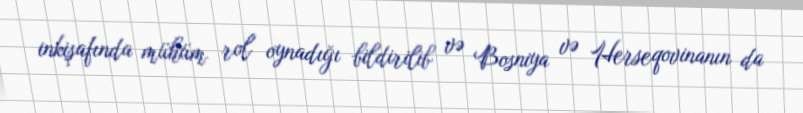
inkişafında mühüm rol oynadığı bildirilib və Bosniya və Herseqovinanın da